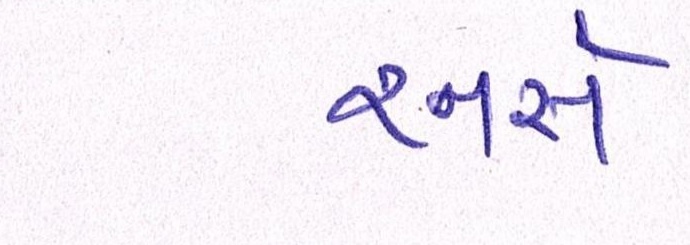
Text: રનર્સ